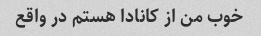
خوب من از کانادا هستم در واقع